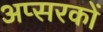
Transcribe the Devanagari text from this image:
अप्सरकों